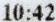
10:42